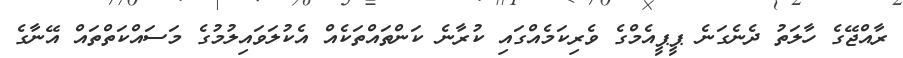
ރާއްޖޭގެ ހާލަތު ދެނެގަނެ ޕީޕީއެމްގެ ވެރިކަމެއްގައި ކުރާނެ ކަންތައްތަކެއް އެކުލަވައިލުމުގެ މަސައްކަތްތައް އޭނާގެ